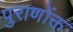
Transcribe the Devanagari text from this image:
पुराणोंक्त